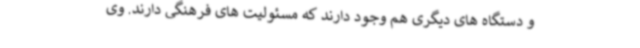
و دستگاه های دیگری هم وجود دارند که مسئولیت های فرهنگی دارند. وی